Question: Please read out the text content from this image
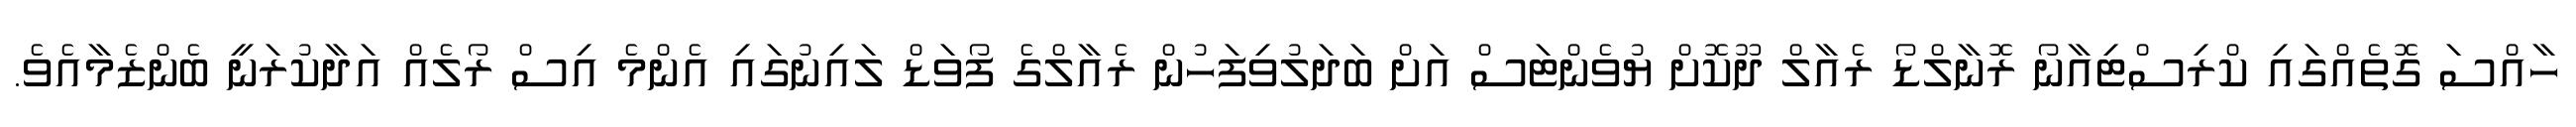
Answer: ހާއްސަ ގޮތެއްގައި ކްރިސްޓިއާނޯ ރޮނާލްޑޯ ރެއާލް ދޫކޮށް ޔުވެންޓަސް އަށް ބަދަލުވިފަހުން ރެއާލްގެ ފޯވަޑް ލައިނުގައި އެންމެ އިސް ރޯލެއް އަދާކުރަނީ ބެންޒެމާއެވެ.